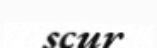
scur